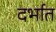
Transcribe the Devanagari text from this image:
दर्भात